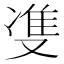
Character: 㕠